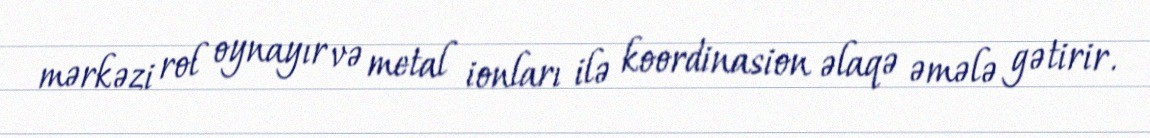
mərkəzi rol oynayır və metal ionları ilə koordinasion əlaqə əmələ gətirir.